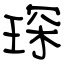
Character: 琛